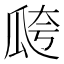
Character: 𤫸